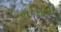
નનામા